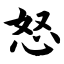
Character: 怒